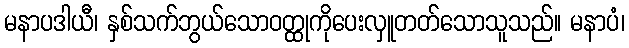
မနာပဒါယီ၊ နှစ်သက်ဘွယ်သောဝတ္ထုကိုပေးလှူတတ်သောသူသည်။ မနာပံ၊